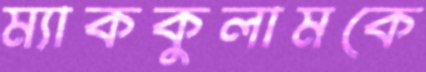
ম্যাককুলামকে